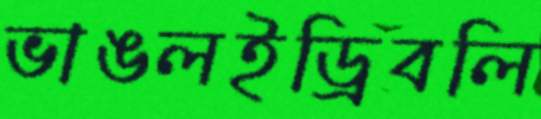
ভাঙলইড্রিবলি